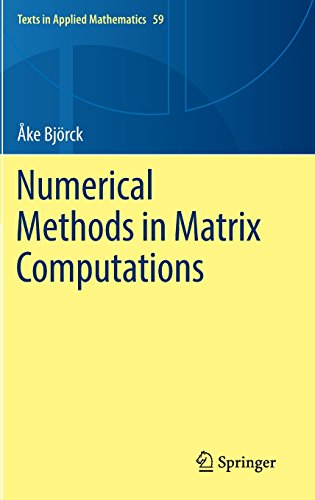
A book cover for Numerical Methods in Matrix Computations (Texts in Applied Mathematics); ÃEke BjÃ¶rck; Science & Math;